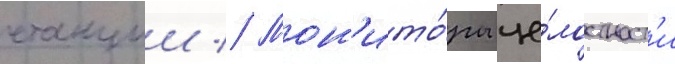
станции // Мон'ито́ры це́лостност'и